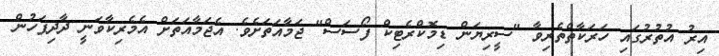
އިރު އުތުރުގައި ހަރަކާތްތެރިވާ "ސީރިޔަން ޑިމޮކްރެޓިކް ފޯސަސް" ޖަމާއަތަށެވެ. އެޖަމާއަތަށް އެމެރިކާވަނީ ދާދިފަހުން